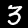
Label: 3